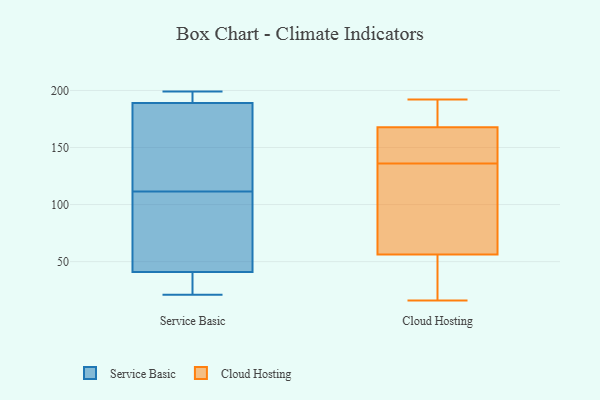
{"axis": {"x": "LTV (USD)", "y": "Value"}, "legend": ["Cloud Hosting", "Service Basic"], "data": [{"x": "", "y": 107, "type": "Service Basic"}, {"x": "", "y": 21, "type": "Service Basic"}, {"x": "", "y": 189, "type": "Service Basic"}, {"x": "", "y": 107, "type": "Service Basic"}, {"x": "", "y": 199, "type": "Service Basic"}, {"x": "", "y": 192, "type": "Service Basic"}, {"x": "", "y": 116, "type": "Service Basic"}, {"x": "", "y": 160, "type": "Service Basic"}, {"x": "", "y": 23, "type": "Service Basic"}, {"x": "", "y": 41, "type": "Service Basic"}, {"x": "", "y": 163, "type": "Cloud Hosting"}, {"x": "", "y": 74, "type": "Cloud Hosting"}, {"x": "", "y": 136, "type": "Cloud Hosting"}, {"x": "", "y": 69, "type": "Cloud Hosting"}, {"x": "", "y": 23, "type": "Cloud Hosting"}, {"x": "", "y": 57, "type": "Cloud Hosting"}, {"x": "", "y": 182, "type": "Cloud Hosting"}, {"x": "", "y": 192, "type": "Cloud Hosting"}, {"x": "", "y": 145, "type": "Cloud Hosting"}, {"x": "", "y": 40, "type": "Cloud Hosting"}, {"x": "", "y": 16, "type": "Cloud Hosting"}, {"x": "", "y": 68, "type": "Cloud Hosting"}, {"x": "", "y": 182, "type": "Cloud Hosting"}, {"x": "", "y": 54, "type": "Cloud Hosting"}, {"x": "", "y": 136, "type": "Cloud Hosting"}, {"x": "", "y": 147, "type": "Cloud Hosting"}, {"x": "", "y": 188, "type": "Cloud Hosting"}]}